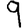
Digit: 9